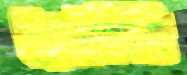
ইক্যুইটিবিডি